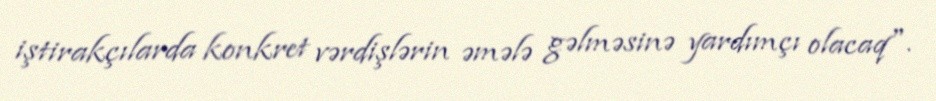
iştirakçılarda konkret vərdişlərin əmələ gəlməsinə yardımçı olacaq".